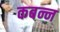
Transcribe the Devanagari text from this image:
कबन्न